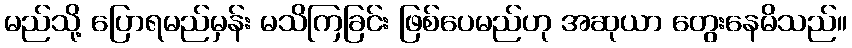
မည်သို့ ပြောရမည်မှန်း မသိကြခြင်း ဖြစ်ပေမည်ဟု အဆုယာ တွေးနေမိသည်။